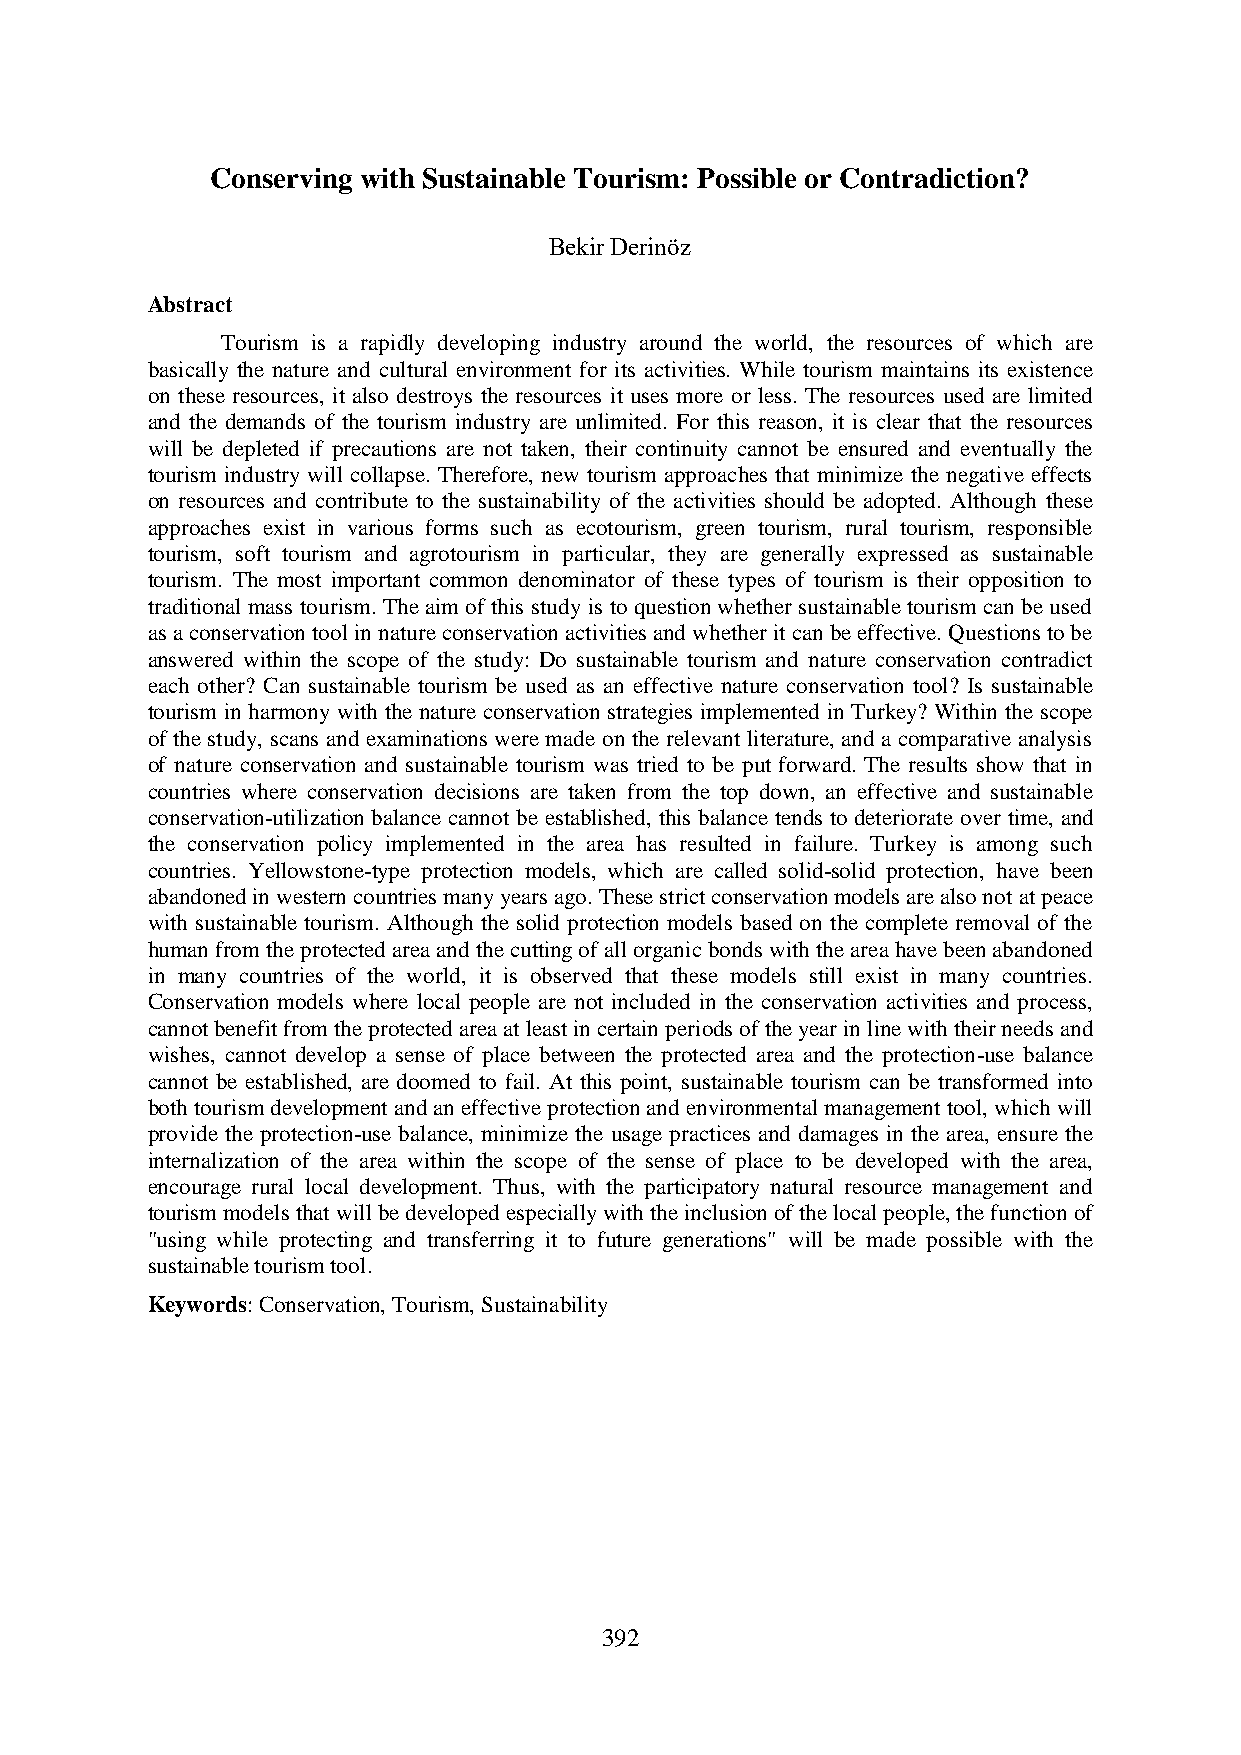
Conserving with Sustainable Tourism: Possible or Contradiction?
 Bekir Derinöz
 Abstract
 Tourism is a rapidly developing industry around the world, the resources of which are
 basically the nature and cultural environment for its activities. While tourism maintains its existence
 on these resources, it also destroys the resources it uses more or less. The resources used are limited
 and the demands of the tourism industry are unlimited. For this reason, it is clear that the resources
 will be depleted if precautions are not taken, their continuity cannot be ensured and eventually the
 tourism industry will collapse. Therefore, new tourism approaches that minimize the negative effects
 on resources and contribute to the sustainability of the activities should be adopted. Although these
 approaches exist in various forms such as ecotourism, green tourism, rural tourism, responsible
 tourism, soft tourism and agrotourism in particular, they are generally expressed as sustainable
 tourism. The most important common denominator of these types of tourism is their opposition to
 traditional mass tourism. The aim of this study is to question whether sustainable tourism can be used
 as a conservation tool in nature conservation activities and whether it can be effective. Questions to be
 answered within the scope of the study: Do sustainable tourism and nature conservation contradict
 each other? Can sustainable tourism be used as an effective nature conservation tool? Is sustainable
 tourism in harmony with the nature conservation strategies implemented in Turkey? Within the scope
 of the study, scans and examinations were made on the relevant literature, and a comparative analysis
 of nature conservation and sustainable tourism was tried to be put forward. The results show that in
 countries where conservation decisions are taken from the top down, an effective and sustainable
 conservation-utilization balance cannot be established, this balance tends to deteriorate over time, and
 the conservation policy implemented in the area has resulted in failure. Turkey is among such
 countries. Yellowstone-type protection models, which are called solid-solid protection, have been
 abandoned in western countries many years ago. These strict conservation models are also not at peace
 with sustainable tourism. Although the solid protection models based on the complete removal of the
 human from the protected area and the cutting of all organic bonds with the area have been abandoned
 in many countries of the world, it is observed that these models still exist in many countries.
 Conservation models where local people are not included in the conservation activities and process,
 cannot benefit from the protected area at least in certain periods of the year in line with their needs and
 wishes, cannot develop a sense of place between the protected area and the protection-use balance
 cannot be established, are doomed to fail. At this point, sustainable tourism can be transformed into
 both tourism development and an effective protection and environmental management tool, which will
 provide the protection-use balance, minimize the usage practices and damages in the area, ensure the
 internalization of the area within the scope of the sense of place to be developed with the area,
 encourage rural local development. Thus, with the participatory natural resource management and
 tourism models that will be developed especially with the inclusion of the local people, the function of
 "using while protecting and transferring it to future generations" will be made possible with the
 sustainable tourism tool.
 Keywords: Conservation, Tourism, Sustainability
 392